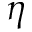
\eta